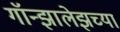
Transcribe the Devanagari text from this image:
गॉन्झालेझच्या